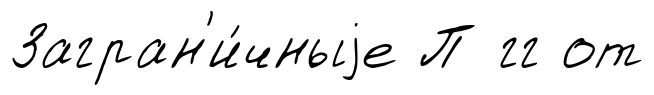
Загран'и́чныjе П гг от